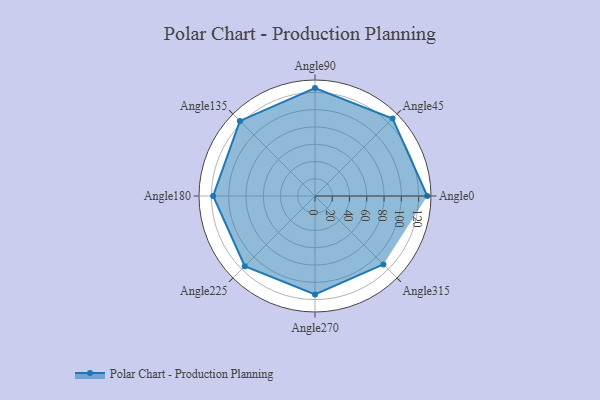
{"axis": {"x": "Angle", "y": "Radius"}, "legend": [""], "data": [{"x": "Angle0", "y": 130.0, "type": ""}, {"x": "Angle45", "y": 127.0, "type": ""}, {"x": "Angle90", "y": 125.0, "type": ""}, {"x": "Angle135", "y": 123.0, "type": ""}, {"x": "Angle180", "y": 118.0, "type": ""}, {"x": "Angle225", "y": 115.0, "type": ""}, {"x": "Angle270", "y": 114.0, "type": ""}, {"x": "Angle315", "y": 112.0, "type": ""}]}